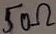
Text: 50Ω